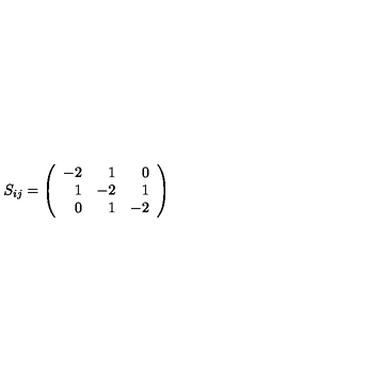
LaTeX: S _ { i j } = \left( \begin{array} { r r r } { - 2 } & { 1 } & { 0 } \\ { 1 } & { - 2 } & { 1 } \\ { 0 } & { 1 } & { - 2 } \\ \end{array} \right)